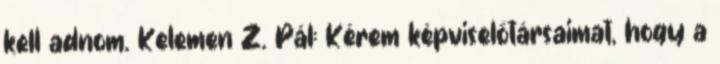
kell adnom. Kelemen Z. Pál: Kérem képviselőtársaimat, hogy a